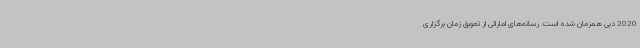
2020 دبی همزمان شده است. رسانه‌های اماراتی از تعویق زمان برگزاری